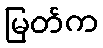
မြတ်က